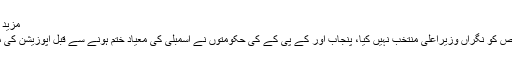
مزید پڑھیں: سابق چیف جسٹس(ر)ناصرالملک نگراں وزیراعظم ہوں گے
دوسری جانب چاروں صوبائی حکومتوں نے اب تک کسی بھی شخص کو نگراں وزیراعلیٰ منتخب نہیں کیا، پنجاب اور کے پی کے کی حکومتوں نے اسمبلی کی معیاد ختم ہونے سے قبل اپوزیشن کی مشاورت سے ناموں کا اعلان کیا تھا تاہم پھر اسے واپس لے لیا گیا۔